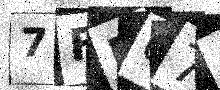
Text: 7FP07O